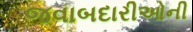
જવાબદારીઓની